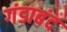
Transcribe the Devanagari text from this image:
गंडाबंद